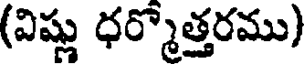
(విష్ణు ధర్మోత్తరము)